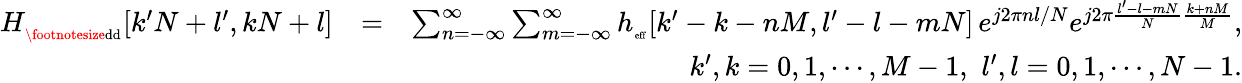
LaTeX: \begin{array}{rlr}{{H}_{_{\mathrm{\footnotesize{dd}}}}[k^{\prime}N+l^{\prime},kN+l]}&{=}&{\sum_{n=-\infty}^{\infty}\sum_{m=-\infty}^{\infty}h_{_{\mathrm{\scriptsize{eff}}}}[k^{\prime}-k-nM,l^{\prime}-l-mN]\, e^{j2\pi nl/N}e^{j2\pi\frac{l^{\prime}-l-mN}{N}\frac{k+nM}{M}},}\\ &{}&{k^{\prime},k=0,1,\cdots,M-1,\, \, l^{\prime},l=0,1,\cdots,N-1.}\end{array}